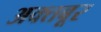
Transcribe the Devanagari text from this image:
अक्तबूर